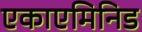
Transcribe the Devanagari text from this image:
एकाएमिनिड